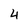
Character: 4